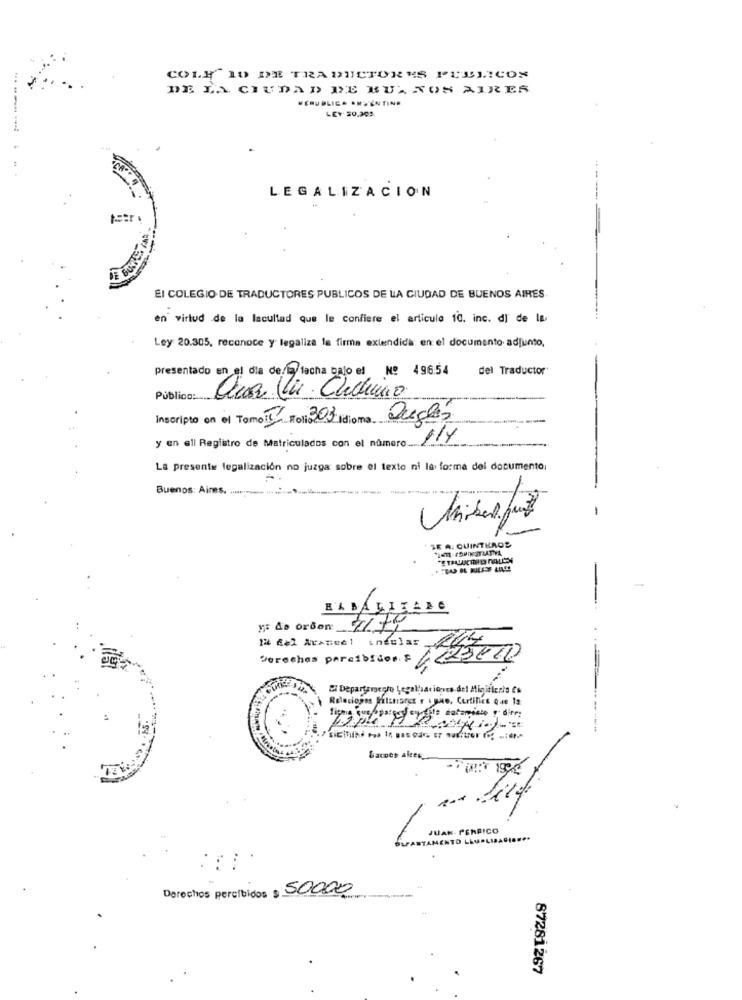
COLY" 10 DE TRADUCTORES PUBLICON
DE LA CIUDAD DE BUENOS AIRES
MERU BLICA INVENTING
LEY 50.309
LEGALIZACION
El COLEGIO DE TRADUCTORES PUBLICOS DE LA CIUDAD DE BUENOS AIRES.
en virtud de la lacultad que le confiere el articule 10. inc. d) de la
Ley 20.305, reconoce y legaliza la firma extendidas en el documento adjunto,
del Traductor
Presentado en el dia de lacha bajo el Nº 496.54
Público:
Que Vi Chuchuiro
Inscripto on el Tomei" Folie 303 idioma Inglés
y en el Registro de Matriculados con el número MY
La presente legalización no juzga sobre el texto ni la forma del documento.
Buenos: Aines. ..................
SE A. QUINTEROS
BLBALIZADO
IF Ab orden: 7/74
12 fel Arames1 indulas
Derechas percibidor. F
493000
El Departamento Legal'sationves del Minifleris es
Relaciones Filthisret y i Bie, Certifica Que 12
figna Gue/aparges cycle datamento dire:
-----
Games alter
JUAN PERFICO
-LIDAGIO ...
Derechos percibidos $ 50000
87281267